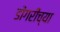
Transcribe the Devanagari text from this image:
डोंगरीच्या